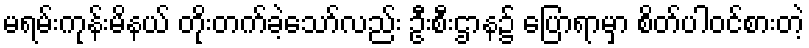
မရမ်းကုန်းမိနယ် တိုးတက်ခဲ့သော်လည်း ဦးစီးဌာန၌ ပြောရာမှာ စိတ်ပါဝင်စားတဲ့